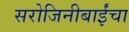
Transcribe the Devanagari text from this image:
सरोजिनीबाईंचा